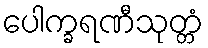
ပေါက္ခရဏီသုတ္တံ